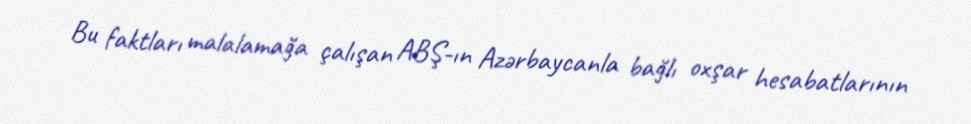
Bu faktları malalamağa çalışan ABŞ-ın Azərbaycanla bağlı oxşar hesabatlarının